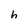
Character: h